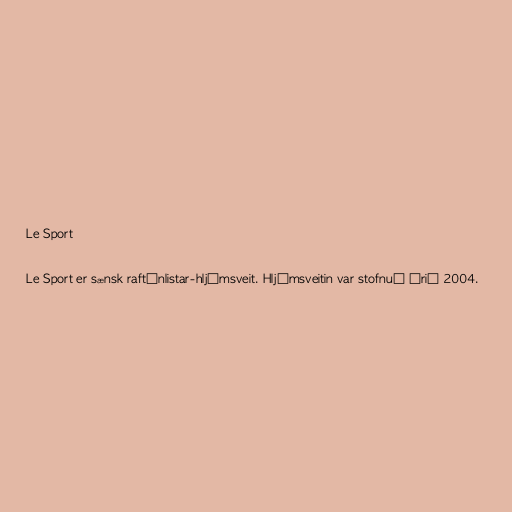
Le Sport

Le Sport er sænsk raftónlistar-hljómsveit. Hljómsveitin var stofnuð árið 2004.